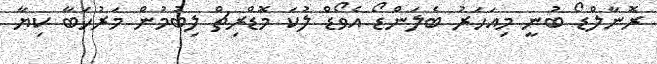
ރޮނާލްޑޯ ބުނީ މިއަހަރު ބެލަންޑޯ އެވޯޑް ލުކަ މޮޑްރިޗް ލިބުމުން މަރުހަބާ ކިޔާ